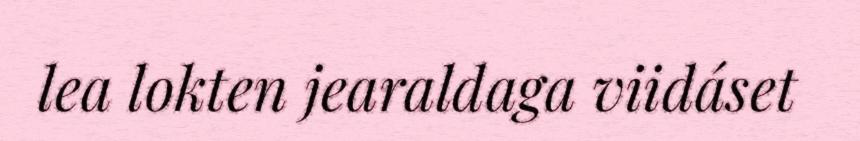
lea lokten jearaldaga viidáset